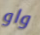
واو